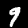
Digit: 9